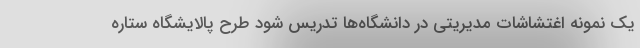
یک نمونه اغتشاشات مدیریتی در دانشگاه‌ها تدریس شود طرح پالایشگاه ستاره